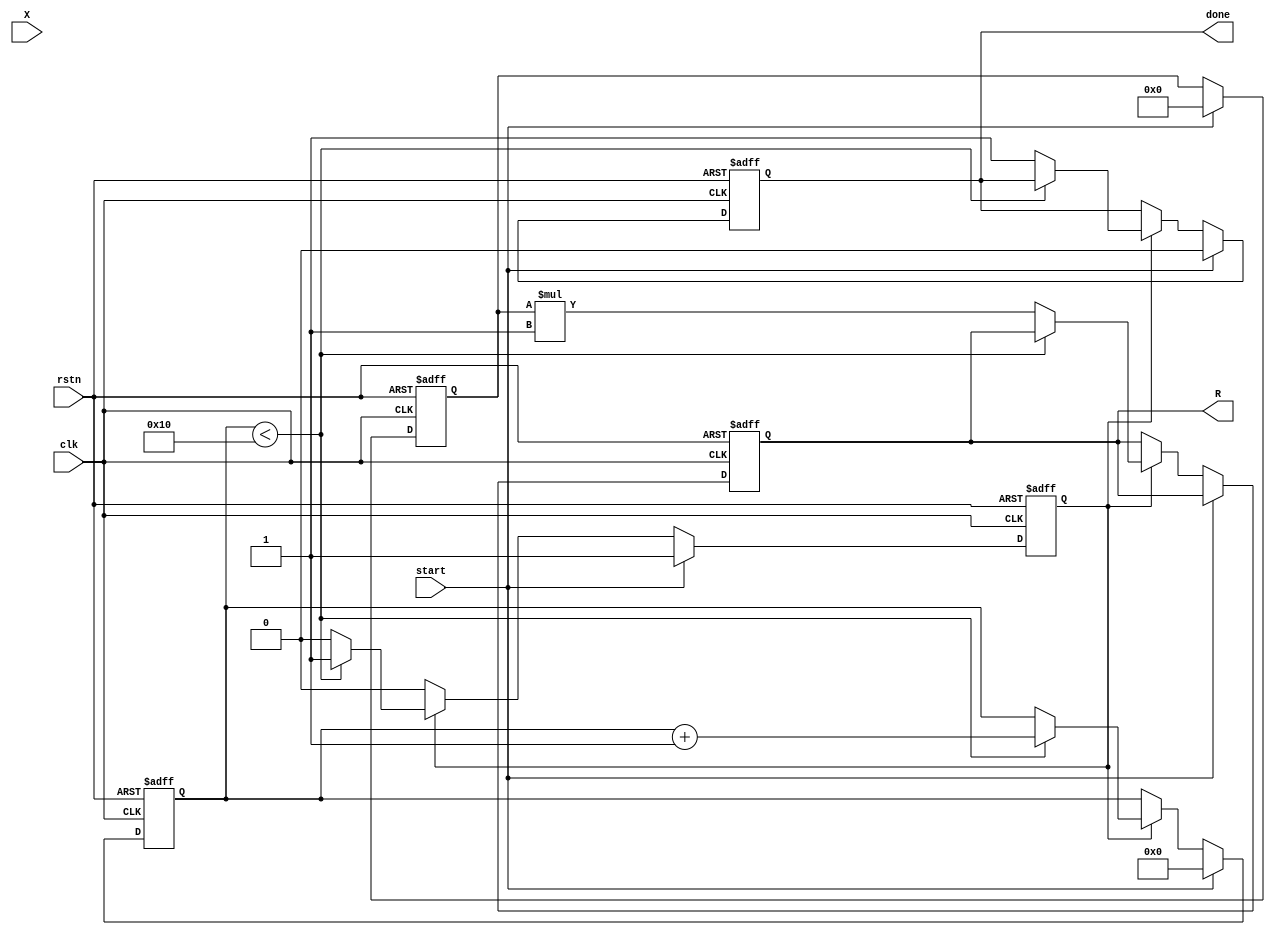
module cordic_reciprocal #(
    parameter N = 16,        // Input width
    parameter M = 16,        // Output width
    parameter ITERATIONS = 16 // Number of iterations
)(
    input  wire clk,
    input  wire rstn,
    input  wire start,
    input  wire [N-1:0] X,   // Input number
    output reg [M-1:0] R,     // Reciprocal output
    output reg done           // Completion status signal
);

    // CORDIC constants for the iterations
    reg [N-1:0] angles [0:ITERATIONS-1];
    initial begin
        // Initialize CORDIC angles (in fixed-point representation)
        angles[0] = 16'h3C90;  // atan(1) in Q1.15 format
        angles[1] = 16'h3C45;  // atan(0.5)
        angles[2] = 16'h3C30;  // atan(0.25)
        angles[3] = 16'h3C1A;  // atan(0.125)
        // Continue initializing angles as needed...
        // The rest of the angles should be defined similarly
    end
    
    // Internal signals
    reg [M-1:0] approximation;
    reg [N-1:0] x_curr;
    reg [N-1:0] y_curr;
    reg [M-1:0] z_curr;
    reg [4:0] iteration;
    
    // State Management
    reg computing;

    always @(posedge clk or negedge rstn) begin
        if (!rstn) begin
            R <= 0;
            done <= 0;
            computing <= 0;
            iteration <= 0;
            approximation <= 0;
        end else if (start) begin
            // Initialize values
            computing <= 1;
            iteration <= 0;
            approximation <= 16'h0000; // Initial approximation
            x_curr <= X;
            y_curr <= 16'h0000; // Initial Y=0
            z_curr <= 16'h0000; // Initial Z=0
            done <= 0;
        end else if (computing) begin
            if (iteration < ITERATIONS) begin
                // CORDIC iteration
                if (x_curr < 16'h0000) begin
                    x_curr <= x_curr + (y_curr >>> iteration); // x = x + y * 2^(-i)
                    y_curr <= y_curr - (x_curr >>> iteration); // y = y - x * 2^(-i)
                    z_curr <= z_curr - angles[iteration]; // z = z - atan(2^(-i))
                end else begin
                    x_curr <= x_curr - (y_curr >>> iteration); // x = x - y * 2^(-i)
                    y_curr <= y_curr + (x_curr >>> iteration); // y = y + x * 2^(-i)
                    z_curr <= z_curr + angles[iteration]; // z = z + atan(2^(-i))
                end
                iteration <= iteration + 1;
            end else begin
                // Final output computation
                R <= (approximation * 16'h0001) >> (N - M); // Scale the result
                done <= 1;
                computing <= 0; // Finish computing
            end
        end
    end
endmodule